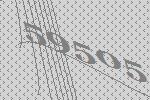
59505